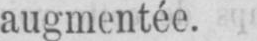
augmentée.